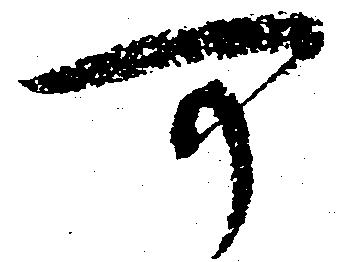
可